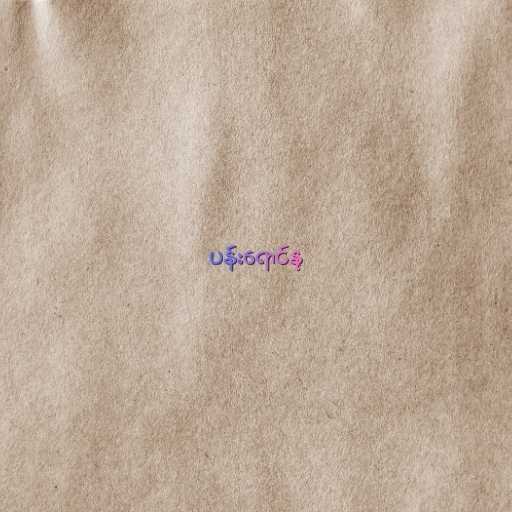
ပန်းရောင်နု